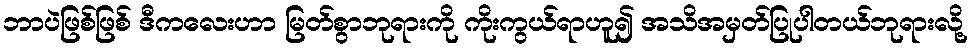
ဘာပဲဖြစ်ဖြစ် ဒီကလေးဟာ မြတ်စွာဘုရားကို ကိုးကွယ်ရာဟူ၍ အသိအမှတ်ပြုပါတယ်ဘုရားလို့